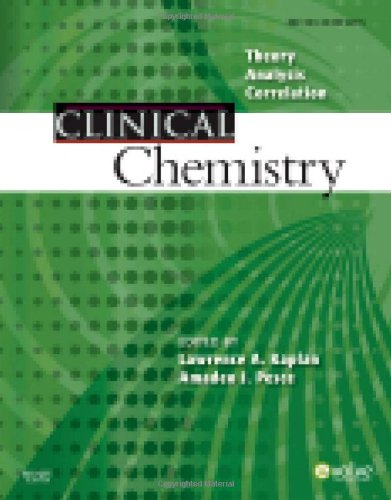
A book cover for Clinical Chemistry: Theory, Analysis, Correlation, 5e; Lawrence A. Kaplan PhD  DABCC  FACB; Medical Books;